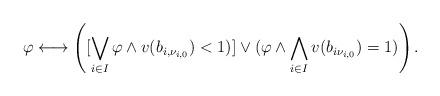
LaTeX: \begin{align*}\varphi\longleftrightarrow \left([\bigvee_{i\in I} \varphi\wedge v(b_{i,\nu_{i,0}})<1)] \vee (\varphi\wedge \bigwedge_{i\in I} v(b_{i\nu_{i,0}})=1) \right).\end{align*}